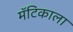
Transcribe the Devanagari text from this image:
मॅटिकाला